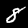
Label: 8